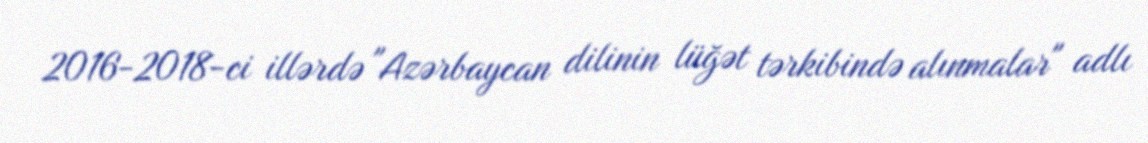
2016-2018-ci illərdə "Azərbaycan dilinin lüğət tərkibində alınmalar" adlı